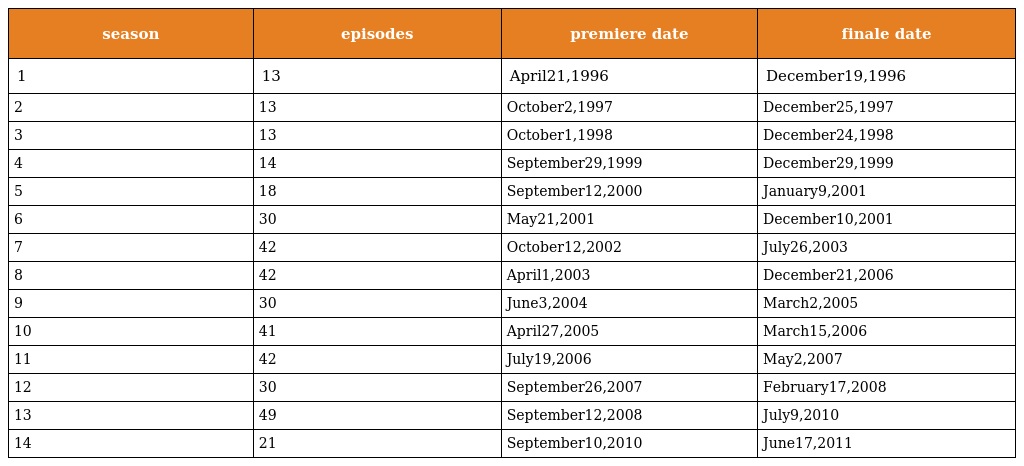
| season | episodes | premiere date | finale date |
 | --- | --- | --- | --- |
 | 1 | 13 | April21,1996 | December19,1996 |
 | 2 | 13 | October2,1997 | December25,1997 |
 | 3 | 13 | October1,1998 | December24,1998 |
 | 4 | 14 | September29,1999 | December29,1999 |
 | 5 | 18 | September12,2000 | January9,2001 |
 | 6 | 30 | May21,2001 | December10,2001 |
 | 7 | 42 | October12,2002 | July26,2003 |
 | 8 | 42 | April1,2003 | December21,2006 |
 | 9 | 30 | June3,2004 | March2,2005 |
 | 10 | 41 | April27,2005 | March15,2006 |
 | 11 | 42 | July19,2006 | May2,2007 |
 | 12 | 30 | September26,2007 | February17,2008 |
 | 13 | 49 | September12,2008 | July9,2010 |
 | 14 | 21 | September10,2010 | June17,2011 |